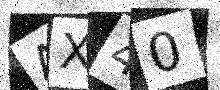
Text: AX40